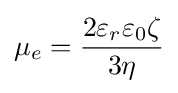
\mu _{e}={\frac {2\varepsilon _{r}\varepsilon _{0}\zeta }{3\eta }}